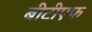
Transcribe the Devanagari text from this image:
बीटीएफ